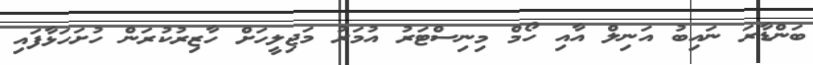
ބަންޑާރަ ނައިބު އަނިލް އާއި ހޯމް މިނިސްޓަރު އުމަރު މަޖިލީހަށް ހާޒިރުކުރަން ހުށަހަޅާފައި